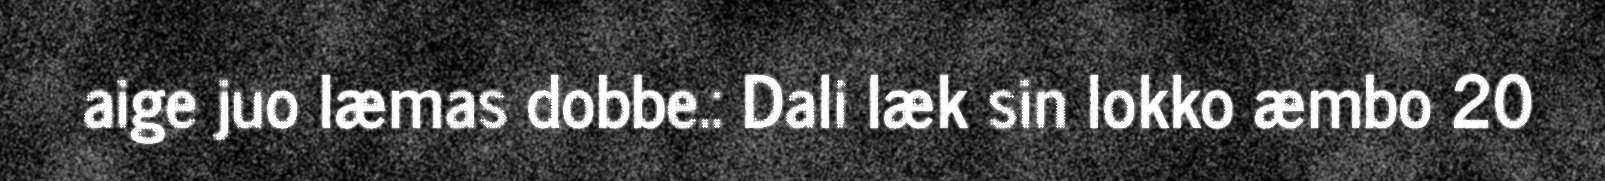
aige juo læmas dobbe.: Dali læk sin lokko æmbo 20